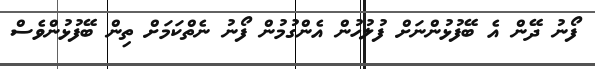
ފޯނު ދޭން އެ ބޭފުޅުންނަށް ފުލުހުން އެންގުމުން ފޯނު ނެތްކަމަށް ތިން ބޭފުޅުންވެސް